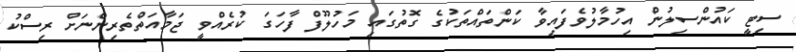
ސިޓީ ކައުންސިލުން އިހުމާލުވެފައިވާ ކަންތައްތަކުގެ ގޮތުގައި މަހުލޫފް ފާހަގަ ކުރެއްވީ ޖަމާއަތްތެރިންނަށް ރިސްކު